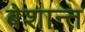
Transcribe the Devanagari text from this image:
बेशान्त